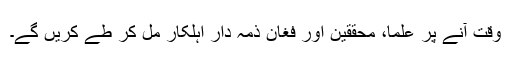
وقت آنے پر علما، محققین اور فغان ذمہ دار اہلکار مل کر طے کریں گے۔